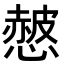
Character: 𢠱